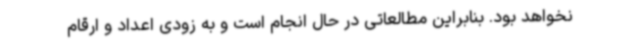
نخواهد بود. بنابراین مطالعاتی در حال انجام است و به زودی اعداد و ارقام